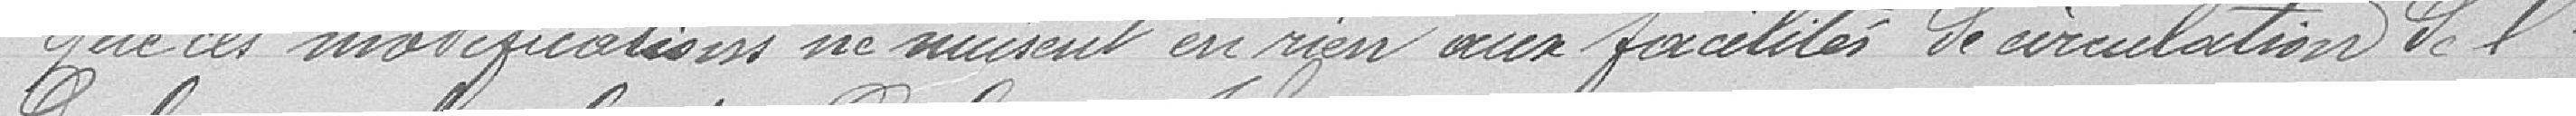
Que ces modifications ne nuisent en rien aux facilités de circulation de l'